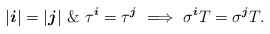
\begin{align*} | \boldsymbol{i} | = | \boldsymbol{j} | \ \&\ \tau ^{\boldsymbol{i}}= \tau ^{\boldsymbol{j} } \ \Longrightarrow\ \sigma ^{ \boldsymbol{i} } T = \sigma ^ { \boldsymbol{j} } T .\end{align*}